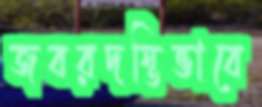
জবরদস্তিভাবে